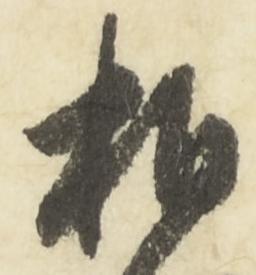
相